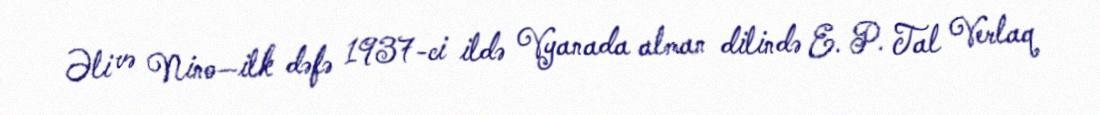
Əli və Nino—ilk dəfə 1937-ci ildə Vyanada alman dilində E. P. Tal Verlaq